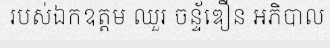
របស់ឯកឧត្តម ឈួរ ចន្ទ័ឌឿន អភិបាល